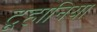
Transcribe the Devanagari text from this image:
टूहानिया